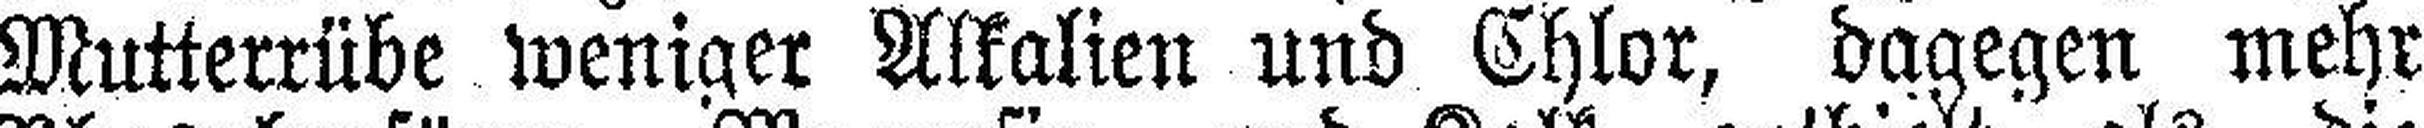
Mutterrübe weniger Alkalien und Chlor, dagegen mehr